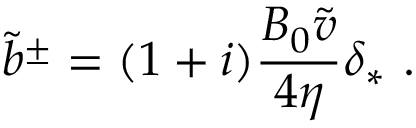
\tilde { b } ^ { \pm } = ( 1 + i ) \frac { B _ { 0 } \tilde { v } } { 4 \eta } \delta _ { * } ~ .